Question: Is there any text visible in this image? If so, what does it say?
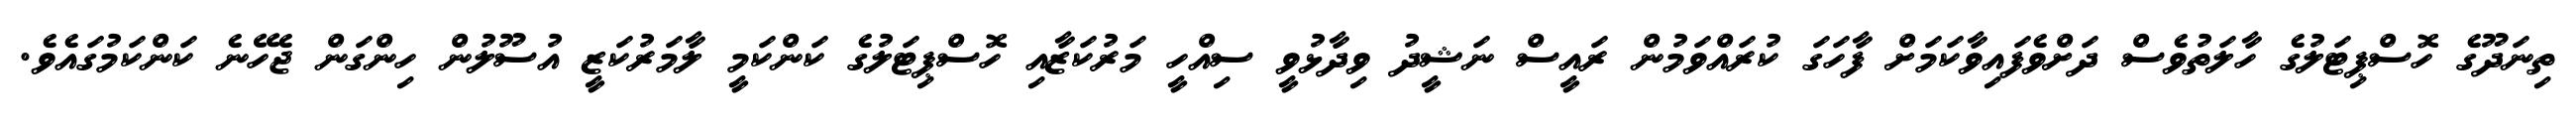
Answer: ތިނަދޫގެ ހޮސްޕިޓަލުގެ ހާލަތުވެސް ދަށްވެފައިވާކަމަށް ފާހަގަ ކުރައްވަމުން ރައީސް ނަޝީދު ވިދާޅުވީ ސިއްހީ މަރުކަޒާއި ހޮސްޕިޓަލުގެ ކަންކަމީ ލާމަރުކަޒީ އުސޫލުން ހިންގަން ޖެހޭނެ ކަންކަމުގައެވެ.